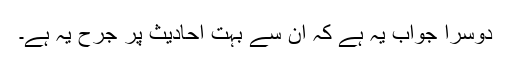
دوسرا جواب یہ ہے کہ ان سے بہت احادیث پر جرح یہ ہے۔